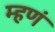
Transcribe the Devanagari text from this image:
म्हणं